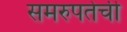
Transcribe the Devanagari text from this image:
समरुपतेची